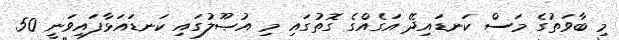
މި ބާވަތުގެ މަސް ކަނޑައިދޭ އަގެއްގެ ގޮތުގައި މި އުޞޫލުގައި ކަނޑައަޅާފައިވަނީ 50